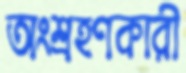
অংশ্রহণকারী